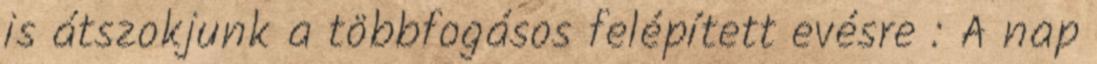
is átszokjunk a többfogásos felépített evésre : A nap